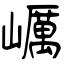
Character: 巁